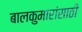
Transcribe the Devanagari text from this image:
बालकुमारांसाठी